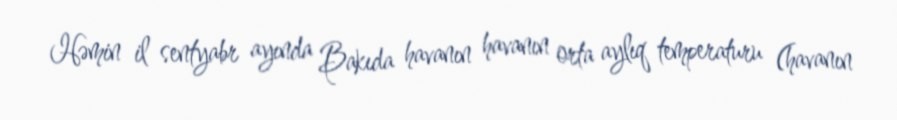
Həmin il sentyabr ayında Bakıda havanın havanın orta aylıq temperaturu (havanın